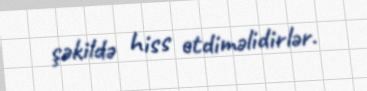
şəkildə hiss etdiməlidirlər.